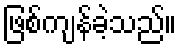
ဖြစ်ကျန်ခဲ့သည်။